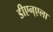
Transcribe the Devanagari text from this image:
डीएन्एला